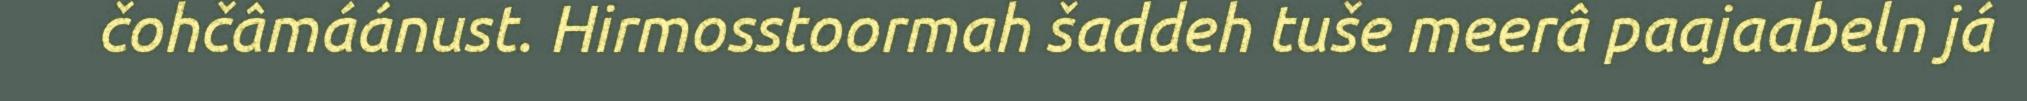
čohčâmáánust. Hirmosstoormah šaddeh tuše meerâ paajaabeln já